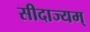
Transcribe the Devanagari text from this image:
सीदाज्यम्